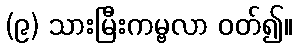
(၉) သားမြီးကမ္ဗလာ ဝတ်၍။